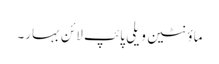
ماؤنٹین ویلی پائپ لائن بہار۔